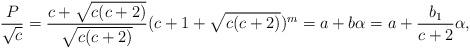
LaTeX: \begin{align*}\frac{ P}{\sqrt{c}}=\frac{c+\sqrt{c(c+2)}}{\sqrt{c(c+2)}}(c+1+\sqrt{c(c+2)})^m=a+b\alpha=a+\frac{b_1}{c+2}\alpha,\end{align*}